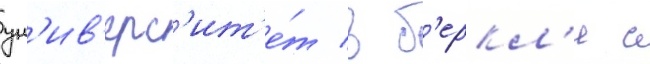
ун'ив'ерс'ит'е́т в б'еркл'и с